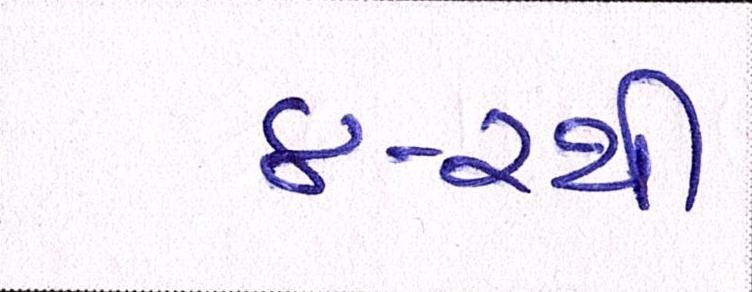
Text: ૪-૨થી